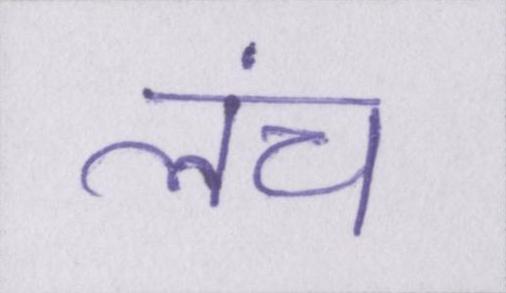
लंच